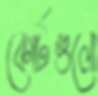
কোর্টগুলো